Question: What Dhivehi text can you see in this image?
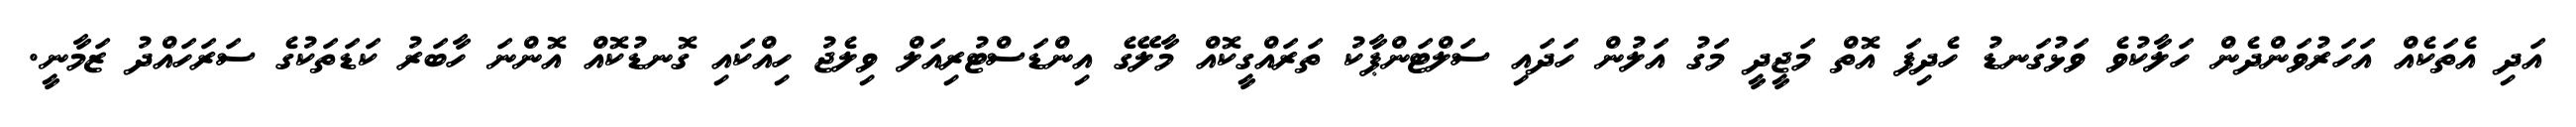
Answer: އަދި އެތަކެއް އަހަރުވަންދެން ހަލާކުވެ ވަޅުގަނޑު ހެދިފަ އޮތް މަޖީދީ މަގު އަލުން ހަދައި ސަލްޓަންޕާކު ތަރައްގީކޮއް މާލޭގެ އިންޑަސްޓުރިއަލް ވިލެޖު ހިއްކައި ގޮނޑުކޮއް އޮންނަ ހާބަރު ކަޑަތަކުގެ ސަރަހައްދު ޒަމާނީ.